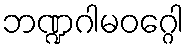
ဘဏ္ဍဂါမဝဂ္ဂေါ